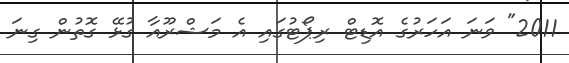
2011" ވަނަ އަހަރުގެ އޮޑިޓް ރިޕޯޓުގައި އެ މަޝްރޫއާ ގުޅޭ ގޮތުން ގިނަ